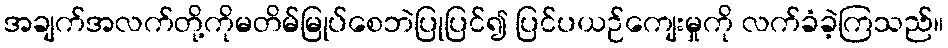
အချက်အလက်တို့ကိုမတိမ်မြုပ်စေဘဲပြုပြင်၍ ပြင်ပယဉ်ကျေးမှုကို လက်ခံခဲ့ကြသည်။